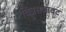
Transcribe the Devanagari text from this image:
चित्रसजावट